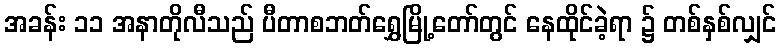
အခန်း ၁၁ အနာတိုလီသည် ပီတာစဘတ်ရွှေမြို့တော်တွင် နေထိုင်ခဲ့ရာ ၌ တစ်နှစ်လျှင်